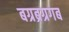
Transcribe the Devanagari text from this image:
बग्रब्रग्रगब